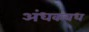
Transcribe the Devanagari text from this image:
अंधकवध